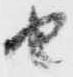
由